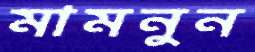
মামনুন